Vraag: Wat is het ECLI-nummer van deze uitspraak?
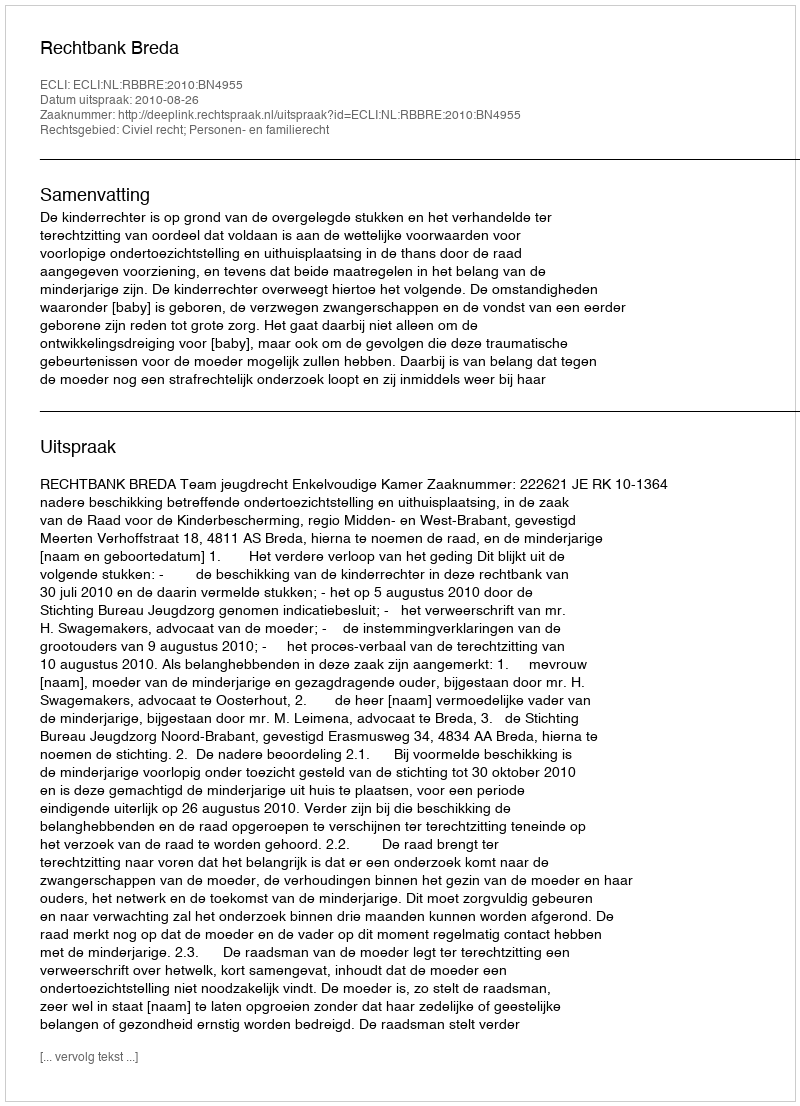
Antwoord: ECLI:NL:RBBRE:2010:BN4955